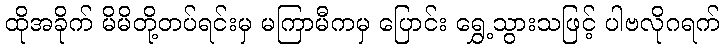
ထိုအခိုက် မိမိတို့တပ်ရင်းမှ မကြာမီကမှ ပြောင်း ရွှေ့သွားသဖြင့် ပါဗလိုဂရက်